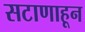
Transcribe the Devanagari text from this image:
सटाणाहून